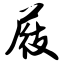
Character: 屐